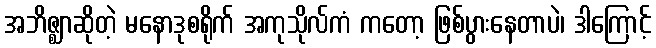
အဘိဇ္ဈာဆိုတဲ့ မနောဒုစရိုက် အကုသိုလ်ကံ ကတော့ ဖြစ်ပွားနေတာပဲ၊ ဒါကြောင့်